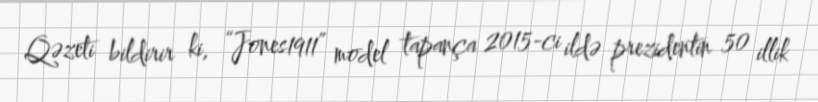
Qəzeti bildirir ki, “Jones1911” model tapança 2015-ci ildə prezidentin 50 illik